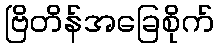
ဗြိတိန်အခြေစိုက်